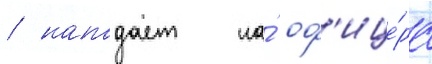
/ нападает на́ оф'ице́ра